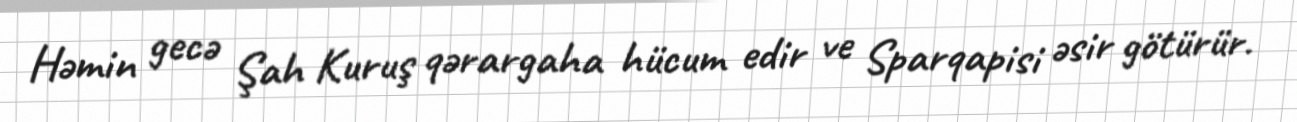
Həmin gecə Şah Kuruş qərargaha hücum edir ve Sparqapisi əsir götürür.